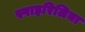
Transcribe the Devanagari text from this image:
स्पाइरिलिया